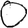
Digit: 0